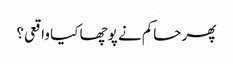
پھر حاکم نے پوچھا کیا واقعی؟